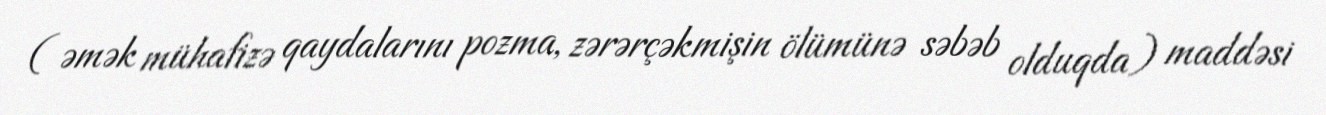
( əmək mühafizə qaydalarını pozma, zərərçəkmişin ölümünə səbəb olduqda) maddəsi